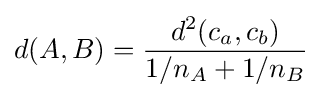
d(A,B)={\frac {d^{2}(c_{a},c_{b})}{1/n_{A}+1/n_{B}}}